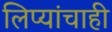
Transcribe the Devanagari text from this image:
लिप्यांचाही